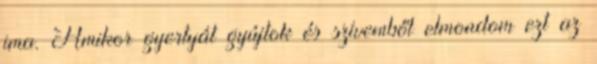
ima. Amikor gyertyát gyújtok és szívemből elmondom ezt az